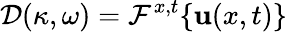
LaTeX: \mathcal{D}(\kappa,\omega)=\mathcal{F}^{x,t}\{ \textbf{u}(x,t)\}